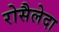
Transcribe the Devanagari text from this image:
रोसैलेदा